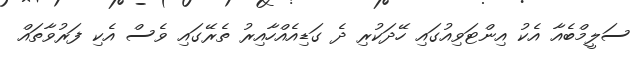
ސަލީމްބެއާ އެކު އިންޓަވިއުގައި ހޭދަކުރި ދެ ގަޑިއެއްހާއިރު ތެރޭގައި ވެސް އެކި ފަރުވާތައް